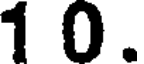
1 0.